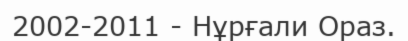
2002-2011 - Нұрғали Ораз.